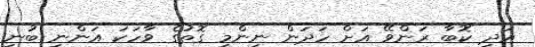
އަދި ކޮބާ ރަންވޭ އަށް ހަދަން ނިންމި ގޮތުގެ ވާހަކަ އަންނި ބުނި